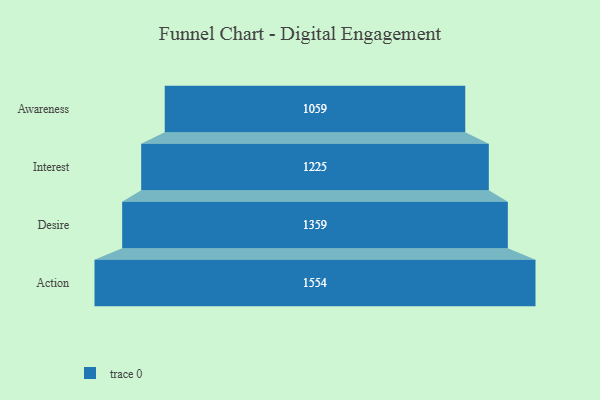
{"axis": {"x": "Stage", "y": "Value"}, "legend": [""], "data": [{"x": "Awareness", "y": 1059.0, "type": ""}, {"x": "Interest", "y": 1225.0, "type": ""}, {"x": "Desire", "y": 1359.0, "type": ""}, {"x": "Action", "y": 1554.0, "type": ""}]}